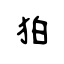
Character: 狛